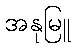
အနုမြူ